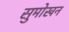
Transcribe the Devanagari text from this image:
सुमोखन